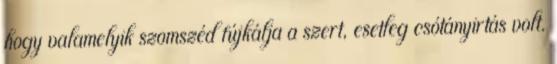
hogy valamelyik szomszéd fújkálja a szert, esetleg csótányirtás volt.